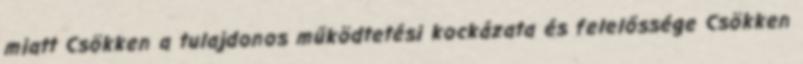
miatt Csökken a tulajdonos működtetési kockázata és felelőssége Csökken